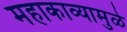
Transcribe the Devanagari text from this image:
महाकाव्यामुळे